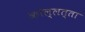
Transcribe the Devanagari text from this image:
कोल्लत्ता